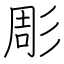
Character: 彫